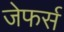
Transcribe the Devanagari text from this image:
जेफर्स